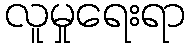
လူမှုရေးရာ